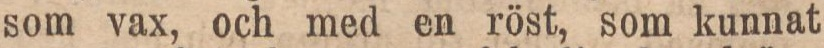
som vax, och med en röst, som kunnat